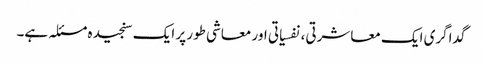
گداگری ایک معاشرتی، نفسیاتی اور معاشی طور پر ایک سنجیدہ مسئلہ ہے۔